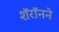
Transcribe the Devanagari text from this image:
शॅरॉनने